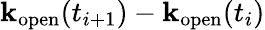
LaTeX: \mathbf{k}_{\mathrm{{open}}}(t_{i+1})-\mathbf{k}_{\mathrm{{open}}}(t_{i})